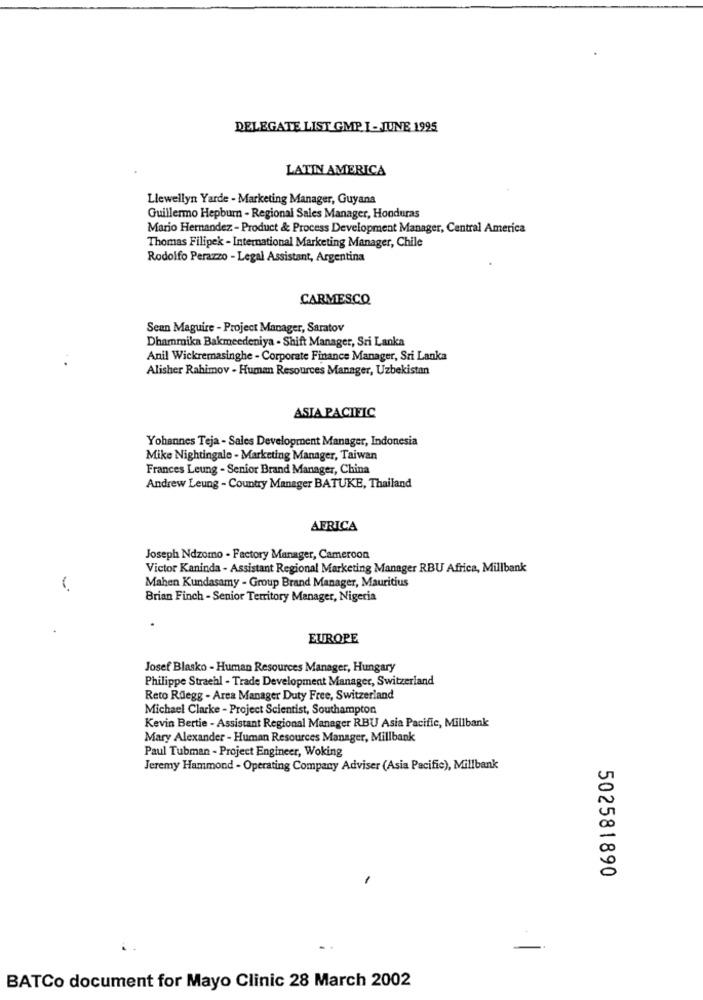
DELEGATE LIST GMP. I - JUNE 1995
LATIN AMERICA
Llewellyn Yarde - Marketing Manager, Guyana
Guillermo Hepbur - Regional Sales Manager, Honduras
Mario Hernandez - Product & Process Development Manager, Central America
Thomas Filipek - International Marketing Manager, Chile
Rodolfo Perazzo - Legal Assistant, Argentina
CARMESCO
Sean Maguire - Project Manager, Saratov
Dhammika Bakmeedeniya - Shift Manager, Sri Lanka
Anil Wickremasinghe - Corporate Finance Manager, Sri Lanka
Alisher Rahimov - Human Resources Manager, Uzbekistan
ASIA PACIFIC
Yohannes Teja - Sales Development Manager, Indonesia
Mike Nightingale - Marketing Manager, Taiwan
Frances Leung - Senior Brand Manager, China
Andrew Leung - Country Manager BATUKE, Thailand
AFRICA
Joseph Ndzomo - Factory Manager, Cameroon
Victor Kaninda - Assistant Regional Marketing Manager RBU Africa, Millbank
Mahen Kundasamy - Group Brand Manager, Mauritius
Brian Finch - Senior Territory Manager, Nigeria
EUROPE
Josef Blasko - Human Resources Manager, Hungary
Philippe Straehl - Trade Development Manager, Switzerland
Reto Rdegg - Area Manager Duty Free, Switzerland
Michael Clarke - Project Scientist, Southampton
Kevin Bertie - Assistant Regional Manager RBU Asia Pacific, Millbank
Mary Alexander - Human Resources Manager, Millbank
Paul Tubman - Project Engineer, Woking
Jeremy Hammond - Operating Company Adviser (Asia Pacific), Millbank
502581890
BATCo document for Mayo Clinic 28 March 2002